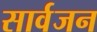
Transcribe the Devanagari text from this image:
सार्वजन